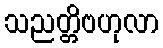
သညတ္တိဗဟုလာ